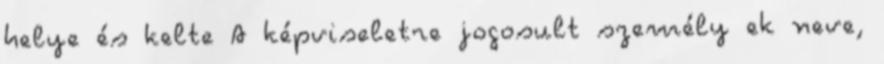
helye és kelte A képviseletre jogosult személy ek neve,